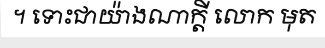
។ ទោះជាយ៉ាងណាក្តី លោក មុត